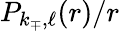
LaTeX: {P_{k_{\mp},\ell}(r)/r}